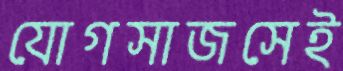
যোগসাজসেই